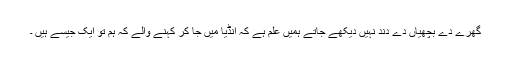
گھرے دے بچھیاں دے دند نہیں دیکھے جاتے ہمیں علم ہے کہ انڈیا میں جا کر کہنے والے کہ ہم تو ایک جیسے ہیں ۔